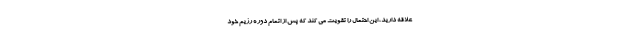
علاقه دارید، این احتمال را تقویت می کند که پس از اتمام دوره رژیم خود